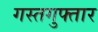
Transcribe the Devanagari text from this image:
गस्तगुफ्तार